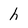
Character: h